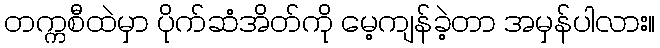
တက္ကစီထဲမှာ ပိုက်ဆံအိတ်ကို မေ့ကျန်ခဲ့တာ အမှန်ပါလား။